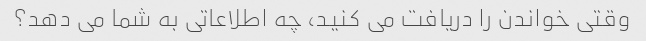
وقتی خواندن را دریافت می کنید، چه اطلاعاتی به شما می دهد؟